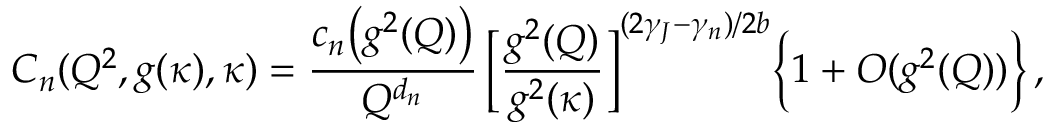
C _ { n } ( Q ^ { 2 } , g ( \kappa ) , \kappa ) = { \frac { c _ { n } \bigl ( g ^ { 2 } ( Q ) \bigr ) } { Q ^ { d _ { n } } } } \, \biggl [ { \frac { g ^ { 2 } ( Q ) } { g ^ { 2 } ( \kappa ) } } \biggr ] ^ { ( 2 \gamma _ { J } - \gamma _ { n } ) / 2 b } \Bigl \{ 1 + { \cal O } ( g ^ { 2 } ( Q ) ) \Bigr \} \, ,